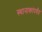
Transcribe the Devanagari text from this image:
स्थानाकांपर्यंत